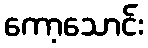
ကော့သောင်း